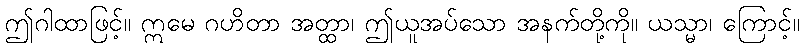
ဤဂါထာဖြင့်။ ဣမေ ဂဟိတာ အတ္ထာ၊ ဤယူအပ်သော အနက်တို့ကို။ ယသ္မာ၊ ကြောင့်။